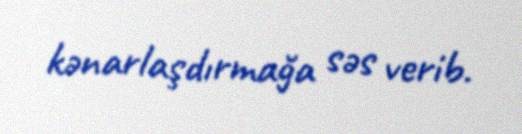
kənarlaşdırmağa səs verib.